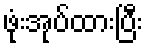
ဖုံးအုပ်ထားပြီး